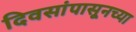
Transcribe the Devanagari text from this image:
दिवसांपासूनच्या